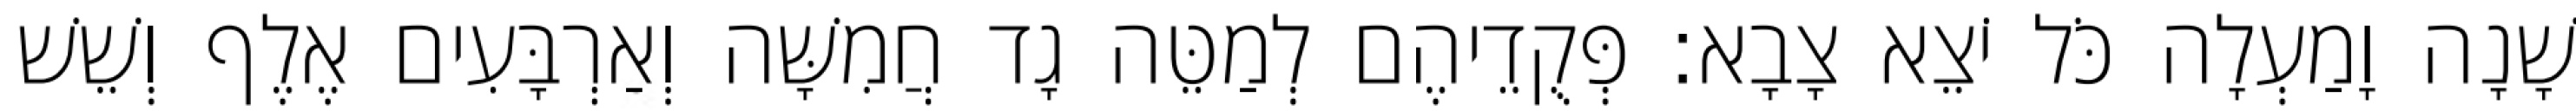
שָׁנָה וָמַעְלָה כֹּל יֹצֵא צָבָא׃ פְּקֻדֵיהֶם לְמַטֵּה גָד חֲמִשָּׁה וְאַרְבָּעִים אֶלֶף וְשֵׁשׁ